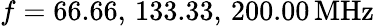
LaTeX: f=66.66,\, 133.33,\, 200.00\, \mathrm{MHz}